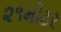
૨૧મીટર